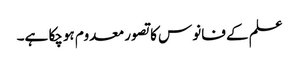
علم کے فانوس کا تصور معدوم ہوچکا ہے۔